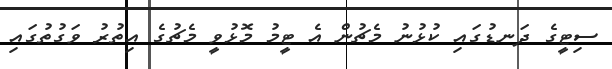
ސިޓީގެ ދަނޑުގައި ކުޅުނު މެޗުން އެ ޓީމު މޮޅުވީ މެޗުގެ އިތުރު ވަގުތުގައި